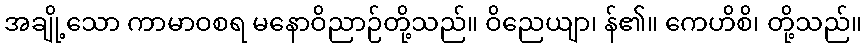
အချို့သော ကာမာဝစရ မနောဝိညာဉ်တို့သည်။ ဝိညေယျာ၊ န်၏။ ကေဟိစိ၊ တို့သည်။